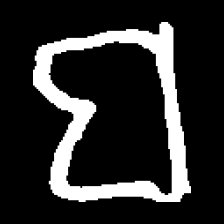
Pyu character \u2014 Myanmar letter: ဗ (romanized: ba)